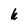
Character: k